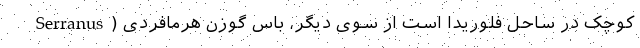
کوچک در ساحل فلوریدا است از سوی دیگر، باس گوزن هرمافردی (Serranus